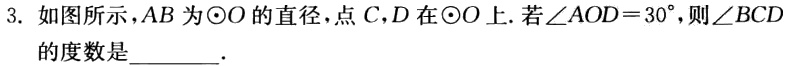
3. 如图所示，\(AB\)为\(\odot O\)的直径，点\(C\)，\(D\)在\(\odot O\)上. 若\(\angle AOD = 30^{\circ}\)，则\(\angle BCD\)的度数是  ．